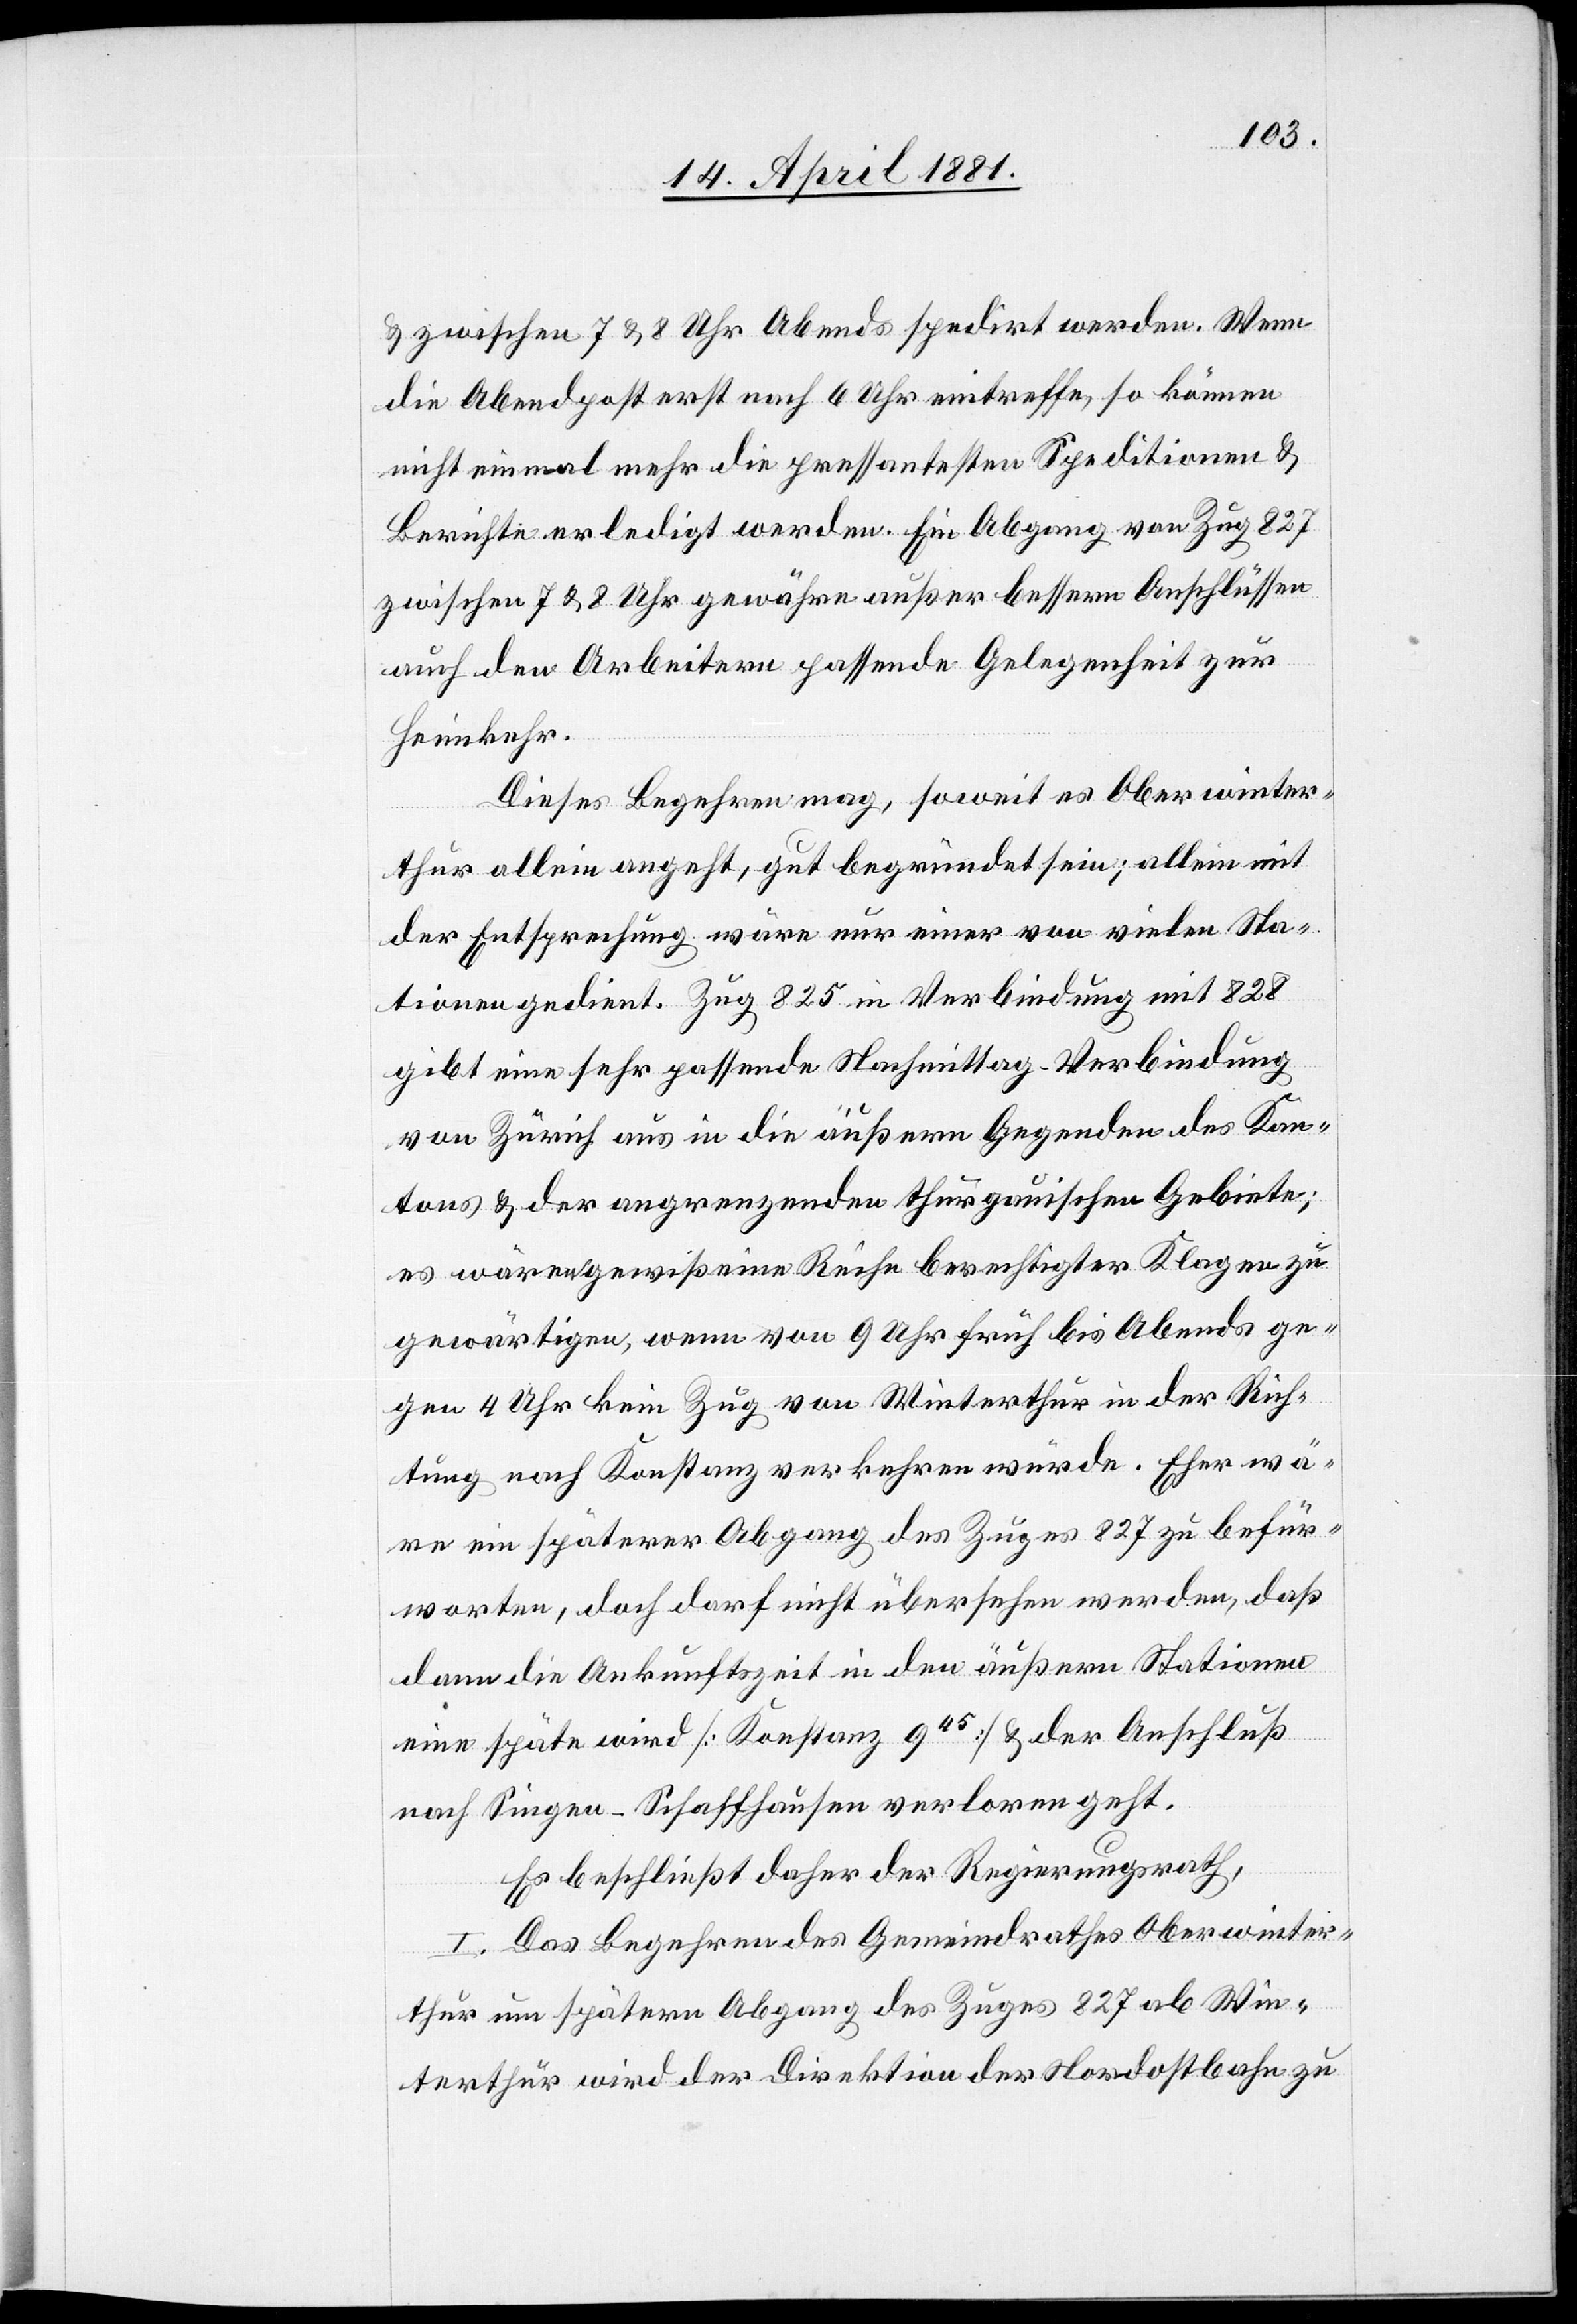
& zwischen 7 & 8 Uhr Abends spedirt werden. Wenn
die Abendpost erst nach 6 Uhr eintreffe, so können
nicht einmal mehr die pressantesten Speditionen &
Berichte erledigt werden. Ein Abgang von Zug 827
zwischen 7 & 8 Uhr gewähre außer bessern Anschlüssen
auch den Arbeitern passende Gelegenheit zur
Heimkehr.
Dieses Begehren mag, soweit es Oberwinter¬
thur allein angeht, gut begründet sein; allein mit
der Entsprechung wäre nur einer von vielen Sta¬
tionen gedient. Zug 825 in Verbindung mit 828
gibt eine sehr passende Nachmittag-Verbindung
von Zürich aus in die äußern Gegenden des Kan¬
tons & der angrenzenden thurgauischen Gebiete;
es wären gewiß eine Reihe berechtigter Klagen zu
gewärtigen, wenn von 9 Uhr früh bis Abends ge¬
gen 4 Uhr kein Zug von Winterthur in der Rich¬
tung nach Konstanz verkehren würde. Eher wä¬
re ein späterer Abgang des Zuges 827 zu befür¬
worten, doch darf nicht übersehen werden, daß
dann die Ankunftszeit in den äußern Stationen
eine späte wird [Konstanz 945] & der Anschluß
nach Singen-Schaffhausen verloren geht.
Es beschließt daher der Regierungsrath,
I. Das Begehren des Gemeindrathes Oberwinter¬
thur um spätern Abgang des Zuges 827 ab Win¬
terthur wird der Direktion der Nordostbahn zu